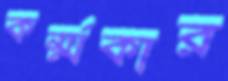
কর্ম্মকার